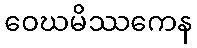
ဝေဃမိဿကေန